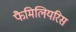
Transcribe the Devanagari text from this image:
फैमिलियरिस